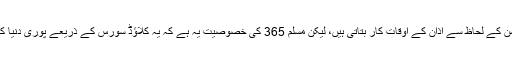
عموماً تمام اسلامک ایپس صارفین کی لوکیشن کے لحاظ سے اذان کے اوقات کار بتاتی ہیں، لیکن مسلم 365 کی خصوصیت یہ ہے کہ یہ کلاؤڈ سورس کے ذریعے پوری دنیا کی مساجد کی جماعت ٹائمنگز بھی دیتی ہے۔